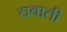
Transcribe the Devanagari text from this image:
चबाती